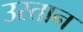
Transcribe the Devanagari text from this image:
उस्तान